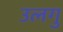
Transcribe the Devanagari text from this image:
उलगु